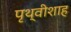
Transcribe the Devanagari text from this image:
पृथ्वीशाह